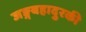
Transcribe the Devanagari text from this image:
जङ्गबहादुरकी